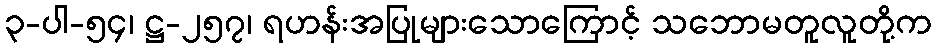
၃-ပါ-၅၄၊ ဋ္ဌ-၂၅၇၊ ရဟန်းအပြုများသောကြောင့် သဘောမတူလူတို့က